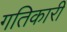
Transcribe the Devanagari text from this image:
गतिकारी